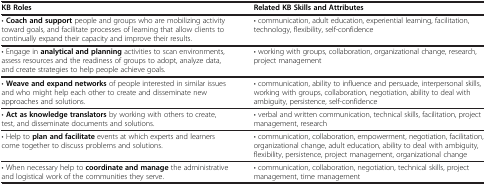
<table><thead><tr><td><b>KB Roles</b></td><td><b>Related KB Skills and Attributes</b></td></tr></thead><tbody><tr><td>• <b>Coach and support</b> people and groups who are mobilizing activity toward goals, and facilitate processes of learning that allow clients to continually expand their capacity and improve their results.</td><td>• communication, adult education, experiential learning, facilitation, technology, flexibility, self-confidence</td></tr><tr><td>• Engage in <b>analytical and planning</b> activities to scan environments, assess resources and the readiness of groups to adopt, analyze data, and create strategies to help people achieve goals.</td><td>• working with groups, collaboration, organizational change, research, project management</td></tr><tr><td>• <b>Weave and expand networks</b> of people interested in similar issues and who might help each other to create and disseminate new approaches and solutions.</td><td>• communication, ability to influence and persuade, interpersonal skills, working with groups, collaboration, negotiation, ability to deal with ambiguity, persistence, self-confidence</td></tr><tr><td>• <b>Act as knowledge translators</b> by working with others to create, test, and disseminate documents and solutions.</td><td>• verbal and written communication, technical skills, facilitation, project management, research</td></tr><tr><td>• Help to <b>plan and facilitate</b> events at which experts and learners come together to discuss problems and solutions.</td><td>• communication, collaboration, empowerment, negotiation, facilitation, organizational change, adult education, ability to deal with ambiguity, flexibility, persistence, project management, organizational change</td></tr><tr><td>• When necessary help to <b>coordinate and manage</b> the administrative and logistical work of the communities they serve.</td><td>• communication, collaboration, negotiation, technical skills, project management, time management</td></tr></tbody></table>